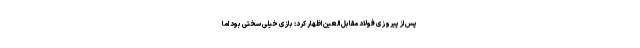
پس از پیروزی فولاد مقابل العین اظهار کرد: بازی خیلی سختی بود اما